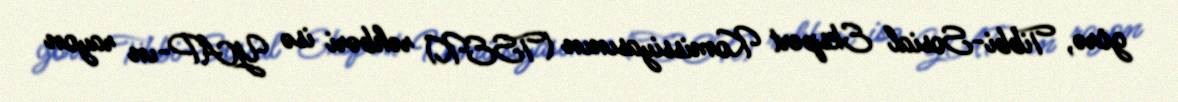
görə, Tibbi-Sosial Ekspert Komissiyasının (TSEK) rəhbəri isə YAP-ın rayon